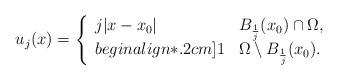
LaTeX: \begin{align*}u_{j}(x)=\left\{\begin{array}{ll}j|x-x_{0}| & B_{\frac1j}(x_{0})\cap\Omega,\\begin{align*}.2cm]1 & \Omega\setminus B_{\frac1j}(x_{0}). \end{array}\right.\end{align*}